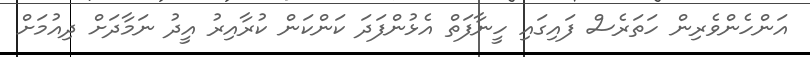
އަންހެންވެރިން ހަތަރެސް ފައިގައި ހީނާފަތް އެޅުންފަދަ ކަންކަން ކުރާއިރު އީދު ނަމާދަށް ދިއުމަށް